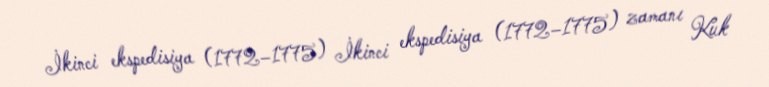
İkinci ekspedisiya (1772–1775) İkinci ekspedisiya (1772–1775) zamanı Kuk